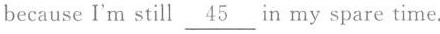
Now I am not worried about my future because I'm still \underline{45} in my spare time.